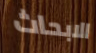
الابحاث